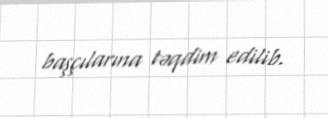
başçılarına təqdim edilib.